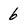
Character: 6